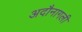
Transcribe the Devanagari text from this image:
अदौनागली